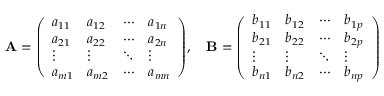
\mathbf { A } = { \left( \begin{array} { l l l l } { a _ { 1 1 } } & { a _ { 1 2 } } & { \cdots } & { a _ { 1 n } } \\ { a _ { 2 1 } } & { a _ { 2 2 } } & { \cdots } & { a _ { 2 n } } \\ { \vdots } & { \vdots } & { \ddots } & { \vdots } \\ { a _ { m 1 } } & { a _ { m 2 } } & { \cdots } & { a _ { m n } } \end{array} \right) } , \quad \mathbf { B } = { \left( \begin{array} { l l l l } { b _ { 1 1 } } & { b _ { 1 2 } } & { \cdots } & { b _ { 1 p } } \\ { b _ { 2 1 } } & { b _ { 2 2 } } & { \cdots } & { b _ { 2 p } } \\ { \vdots } & { \vdots } & { \ddots } & { \vdots } \\ { b _ { n 1 } } & { b _ { n 2 } } & { \cdots } & { b _ { n p } } \end{array} \right) }